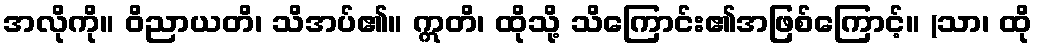
အလိုကို။ ဝိညာယတိ၊ သိအပ်၏။ ဣတိ၊ ထိုသို့ သိကြောင်း၏အဖြစ်ကြောင့်။ (သာ၊ ထို